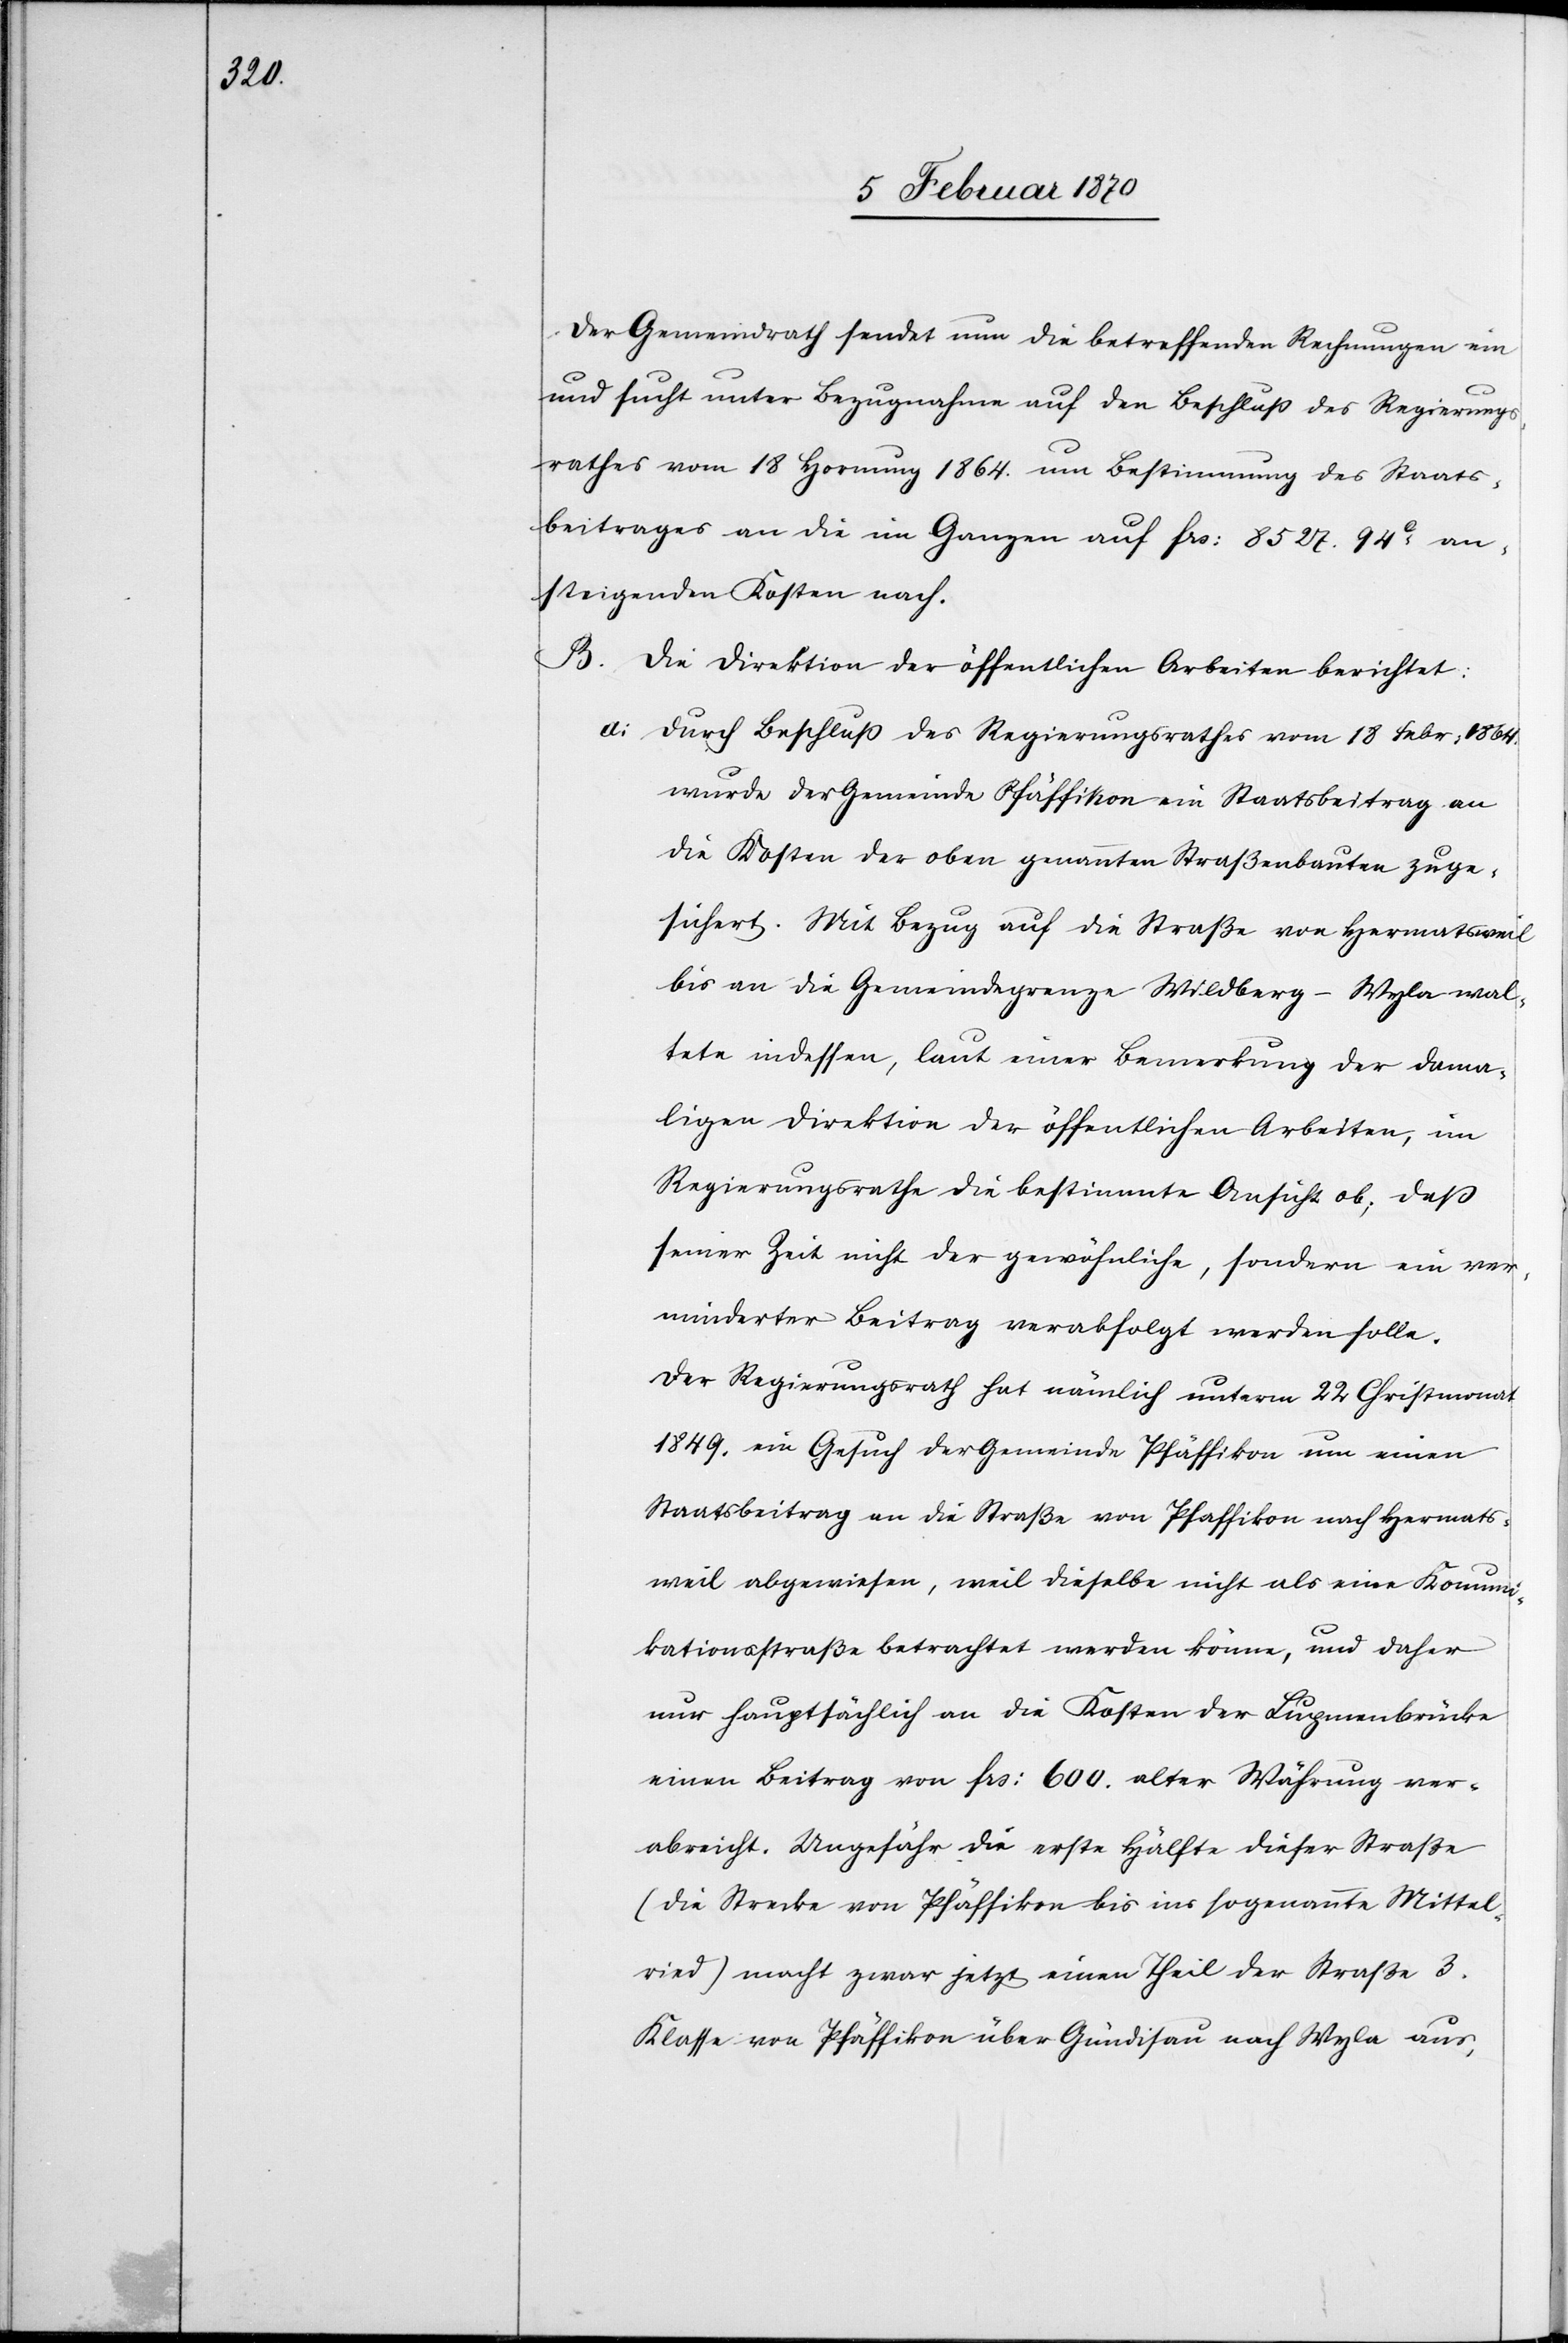
Der Gemeindrath sendet nun die betreffenden Rechnungen ein
und sucht unter Bezugnahme auf den Beschluss des Regierungs¬
rathes vom 18 Hornung 1864. um Bestimmung des Staats¬
beitrages an die im Ganzen auf frs: 8527. 94c an¬
steigenden Kosten nach.
B. Die Direktion der öffentlichen Arbeiten berichtet:
a. Durch Beschluss des Regierungsrathes vom 18 Febr: 1864.
wurde der Gemeinde Pfäffikon ein Staatsbeitrag an
die Kosten der oben genannten Straßenbauten zuge¬
sichert. Mit Bezug auf die Straße von Hermatsweil
bis an die Gemeindegrenze Wildberg-Wyla wal¬
tete indessen, laut einer Bemerkung der dama¬
ligen Direktion der öffentlichen Arbeiten, im
Regierungsrathe die bestimmte Ansicht ob; dass
seiner Zeit nicht der gewöhnliche, sondern ein ver¬
minderter Beitrag verabfolgt werden solle.
Der Regierungsrath hat nämlich unterm 22 Christmonat
1849. ein Gesuch der Gemeinde Pfäffikon um einen
Staatsbeitrag an die Straße von Pfaffikon [sic!] und Hermats¬
weil abgewiesen, weil dieselbe nicht als eine Komuni¬
kationsstraße betrachtet werden könne, und daher
nur hauptsächlich an die Kosten der Lupmenbrücke
einen Beitrag von frs: 600. alter Währung ver¬
abreicht. Ungefähr die erste Hälfte dieser Straße
(die Strecke von Pfäffikon bis ins sogenannte Mittel¬
ried) macht zwar jetzt einen Theil der Straße 3.
Klasse von Pfäffikon über Gündisau nach Wyla aus,